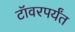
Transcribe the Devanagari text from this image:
टॉवरपर्यंत